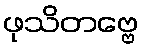
ဖုသိတဗ္ဗေ